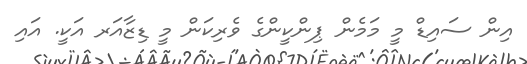
އިން ސައިޑް މީ މަމެން ޕިންކީންގެ ވެރިކަން މީ ޑިޒާއަރ އަކީ. އައި